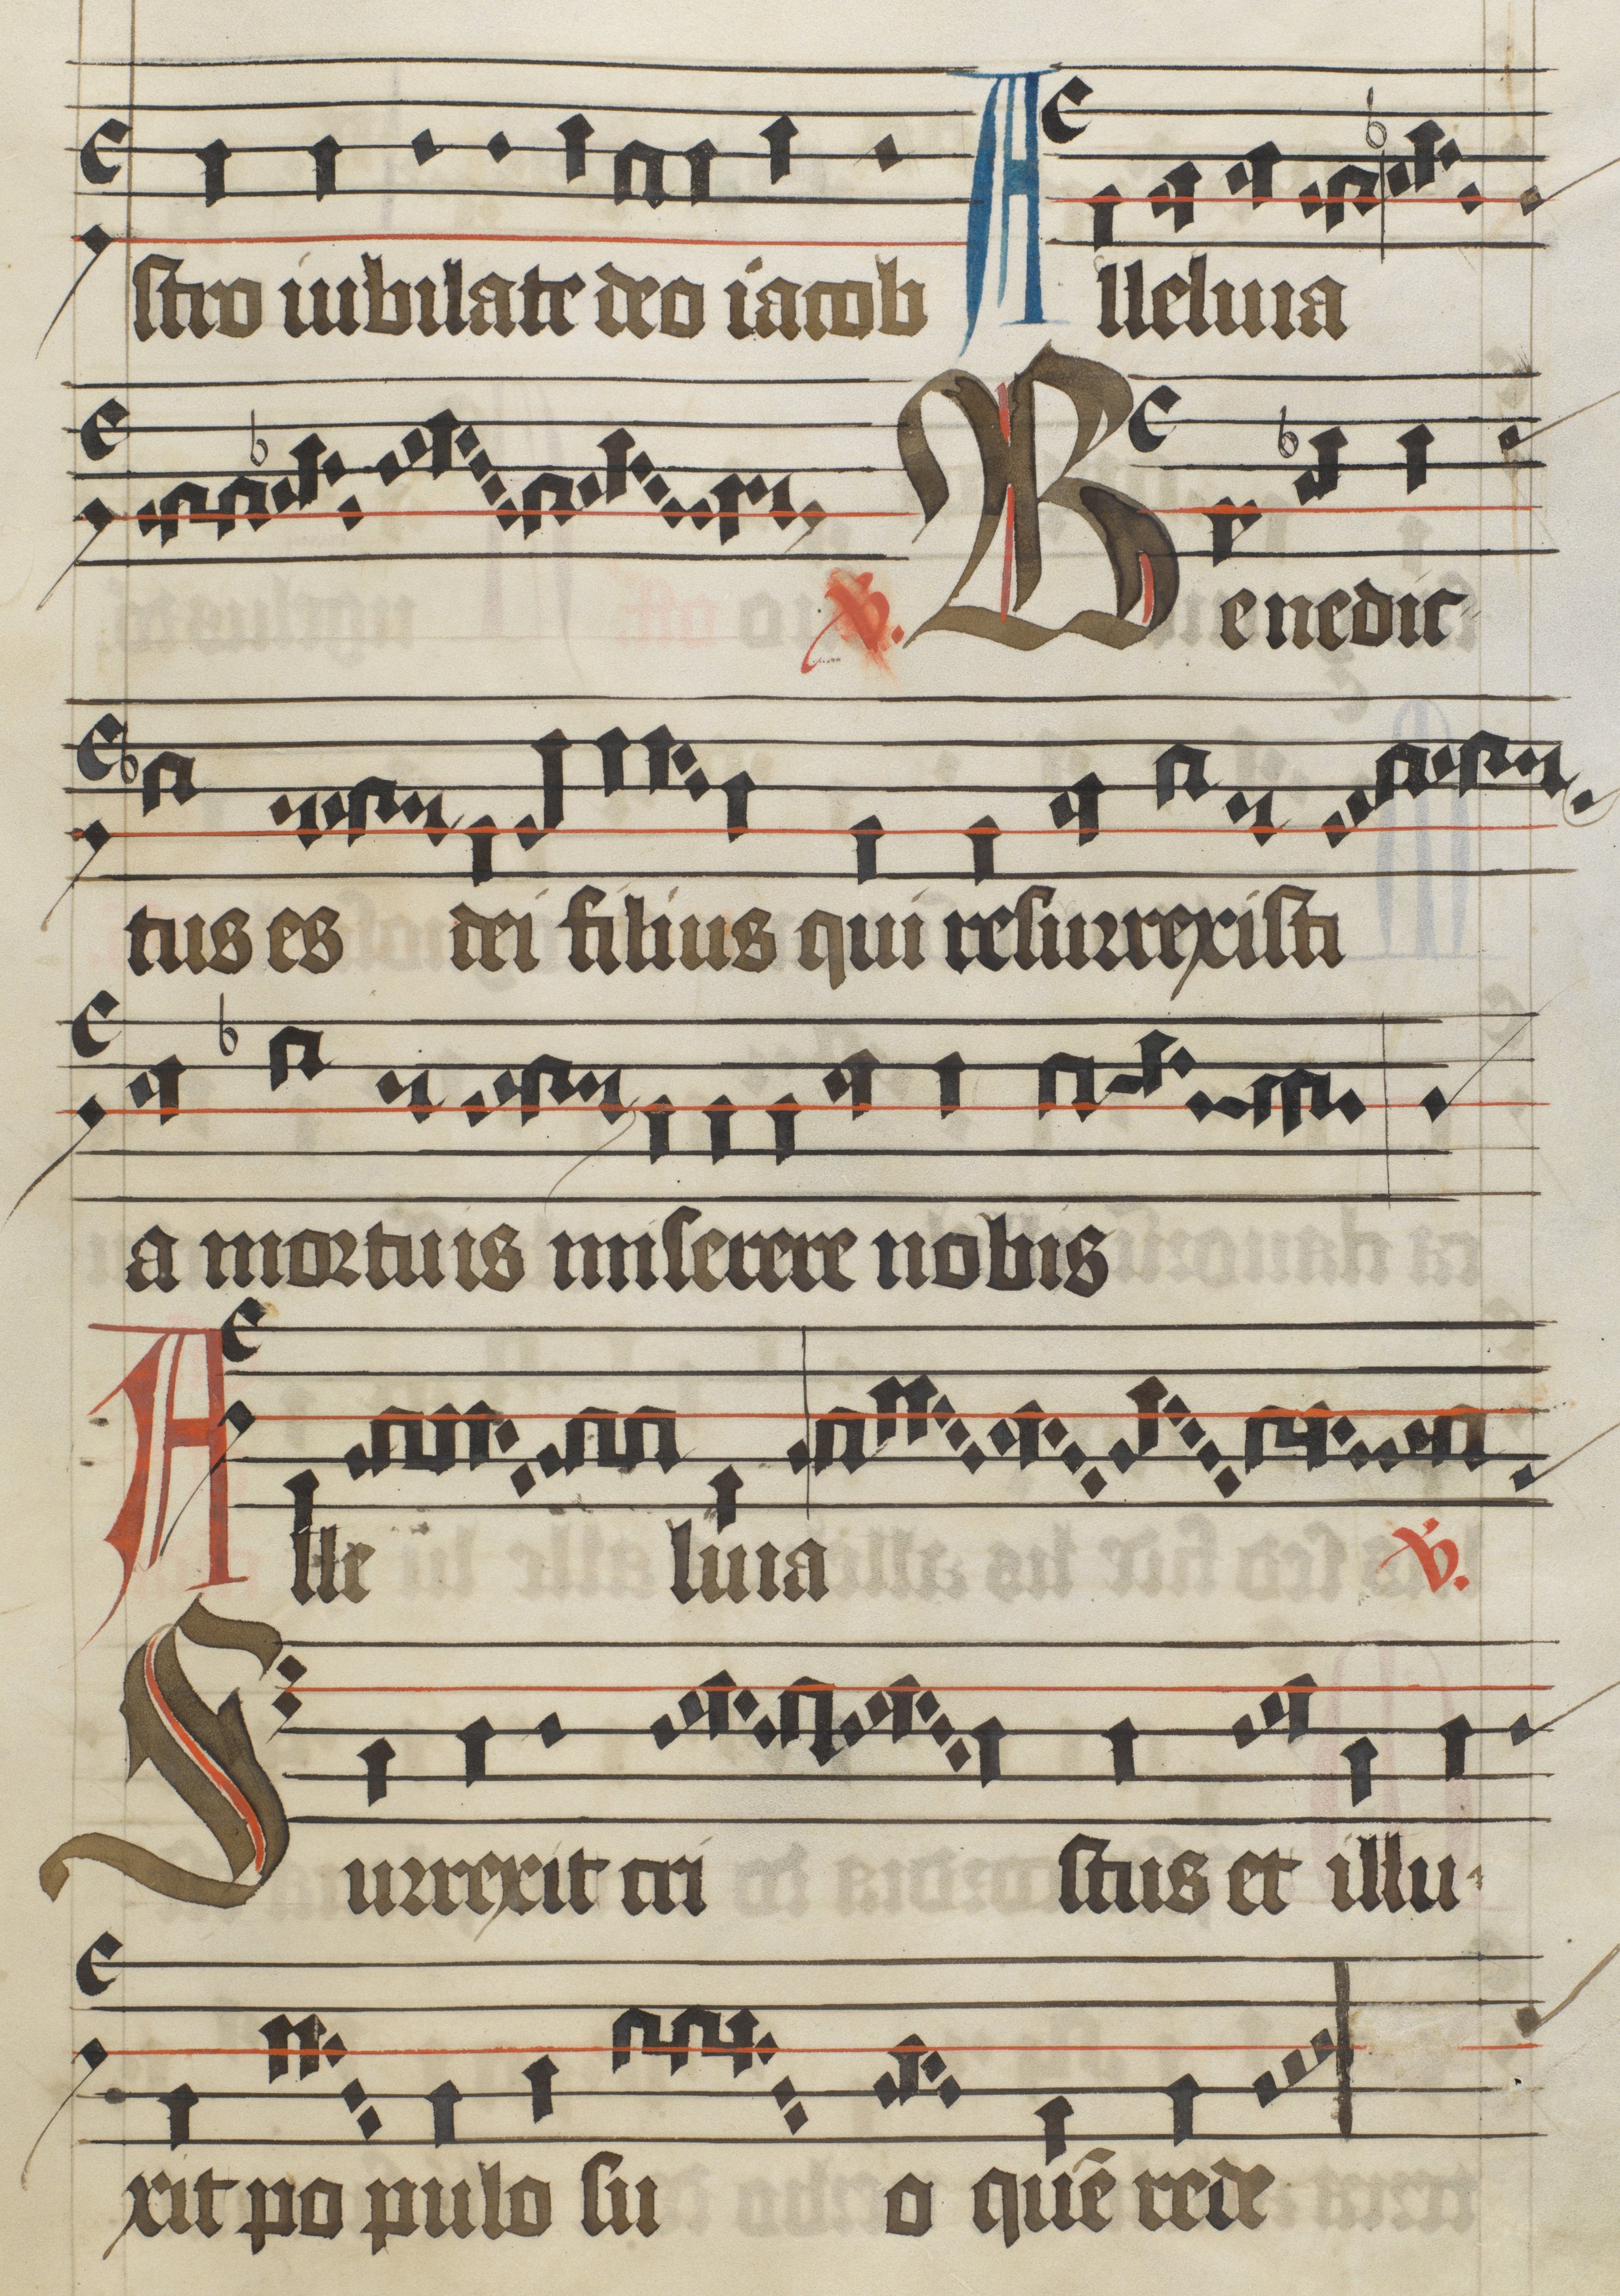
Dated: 1475–1499